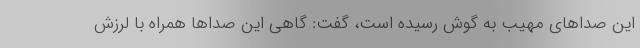
این صداهای مهیب به گوش رسیده است، گفت: گاهی این صداها همراه با لرزش